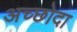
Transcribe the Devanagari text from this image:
अच्छोदा